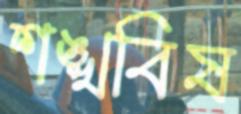
শঙ্খবিষ